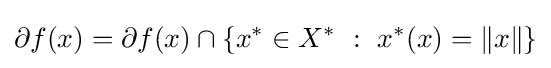
\partial f(x)=\partial f(x)\cap \left\{x^{*}\in X^{*}~:~x^{*}(x)=\|x\|\right\}